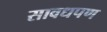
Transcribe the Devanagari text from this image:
सावधपण